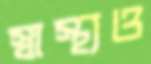
স্বাস্থ্যও